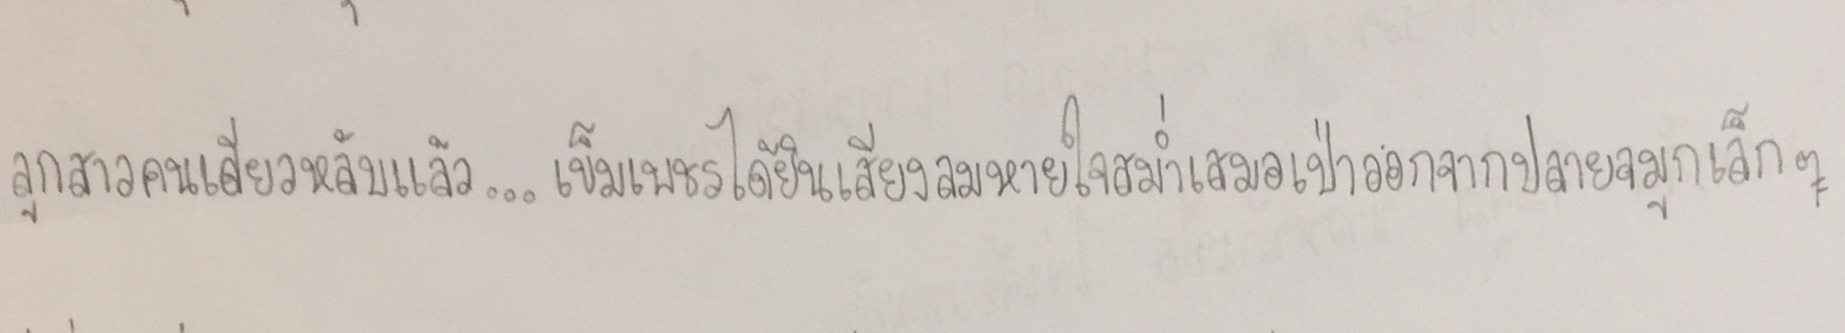
ลูกสาวคนเดียวหลับแล้ว...เข็มเพชรได้ยินเสียงลมหายใจสม่ำเสมอเป่าออกจากปลายจมูกเล็กๆ